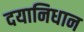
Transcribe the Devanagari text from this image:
दयानिधान